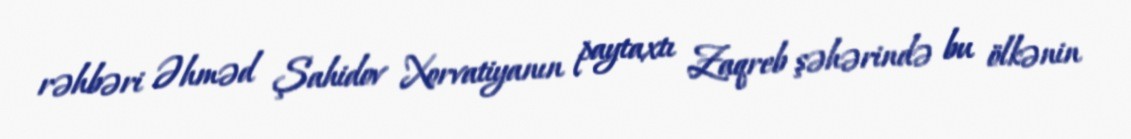
rəhbəri Əhməd Şahidov Xorvatiyanın paytaxtı Zaqreb şəhərində bu ölkənin